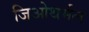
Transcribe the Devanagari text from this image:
जिओथर्मल